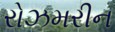
રોઝમરીન